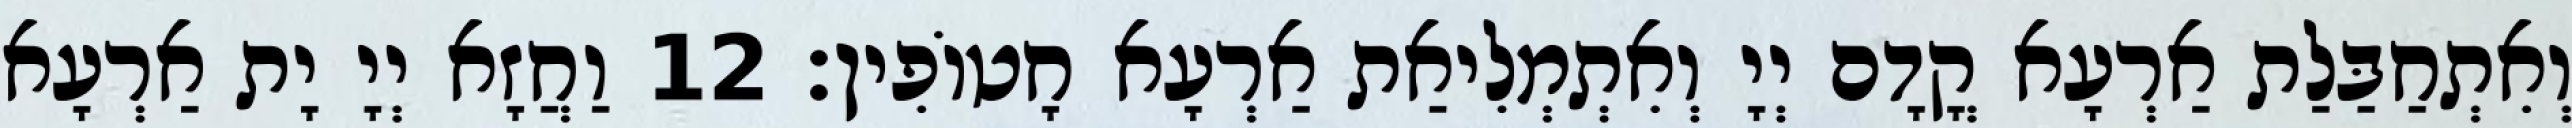
וְאִתְחַבַּלַת אַרְעָא קֳדָם יְיָ וְאִתְמְלִיאַת אַרְעָא חָטוֹפִין׃ 12 וַחֲזָא יְיָ יָת אַרְעָא